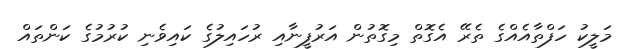
މަލީކު ހަފްތާއެއްގެ ތެރޭ އެގޮތް މިގޮތުން އަރުފީނާއި ރުހައިލުގެ ކައިވެނި ކުރުމުގެ ކަންތައް